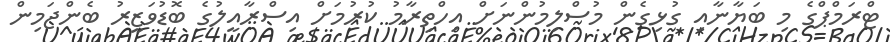
ޓްރަމްޕްގެ މި ބަޔާނާއި ގުޅިގެން މުސްލިމުންނަށް އިހްތިރާމު ކުރުމަށް އިސްރާއީލުގެ ބޮޑުވަޒީރު ބެންޖަމިން